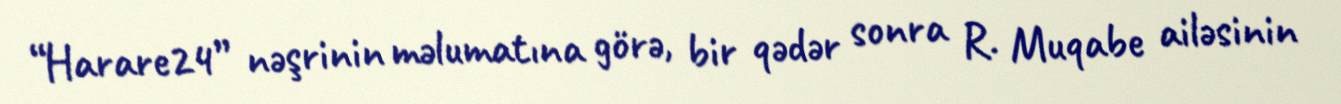
“Harare24” nəşrinin məlumatına görə, bir qədər sonra R. Muqabe ailəsinin